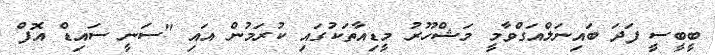
ބީބީސީ ފަދަ ބައިނަލްއަގްވާމީ މަޝްހޫރު މީޑިއާތަކުގައި ކުރަމުން އައި "ސަނީ ސައިޑް އޮފް